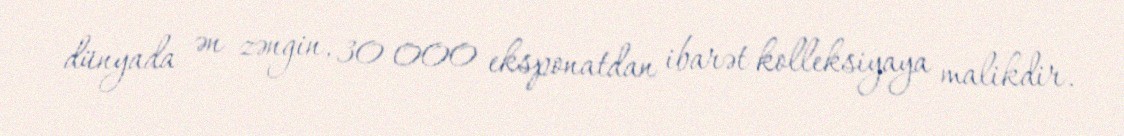
dünyada ən zəngin, 30 000 eksponatdan ibarət kolleksiyaya malikdir.